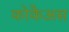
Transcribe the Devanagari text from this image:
कोकैअस